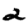
Digit: 2